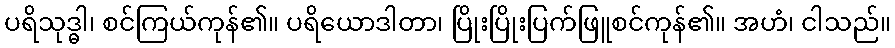
ပရိသုဒ္ဓါ၊ စင်ကြယ်ကုန်၏။ ပရိယောဒါတာ၊ ပြိုးပြိုးပြက်ဖြူစင်ကုန်၏။ အဟံ၊ ငါသည်။